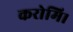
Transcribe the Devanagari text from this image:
करोमि।